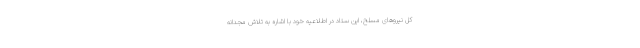
کل نیروهای مسلح، این ستاد در اطلاعیه خود با اشاره به تلاش مجدانه